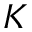
\boldsymbol { K }